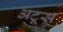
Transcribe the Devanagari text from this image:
अटूस